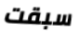
سبقت